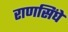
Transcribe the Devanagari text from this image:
राणसिंघे